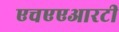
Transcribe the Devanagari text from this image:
एचएएआरटी